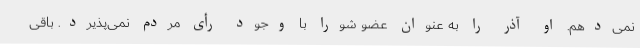
نمی‌دهم. او آذر را به عنوان عضو شورا با وجود رأی مردم نمی‌پذیرد. باقی